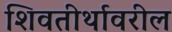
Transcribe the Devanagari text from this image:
शिवतीर्थावरील